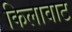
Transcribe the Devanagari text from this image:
किलावाट